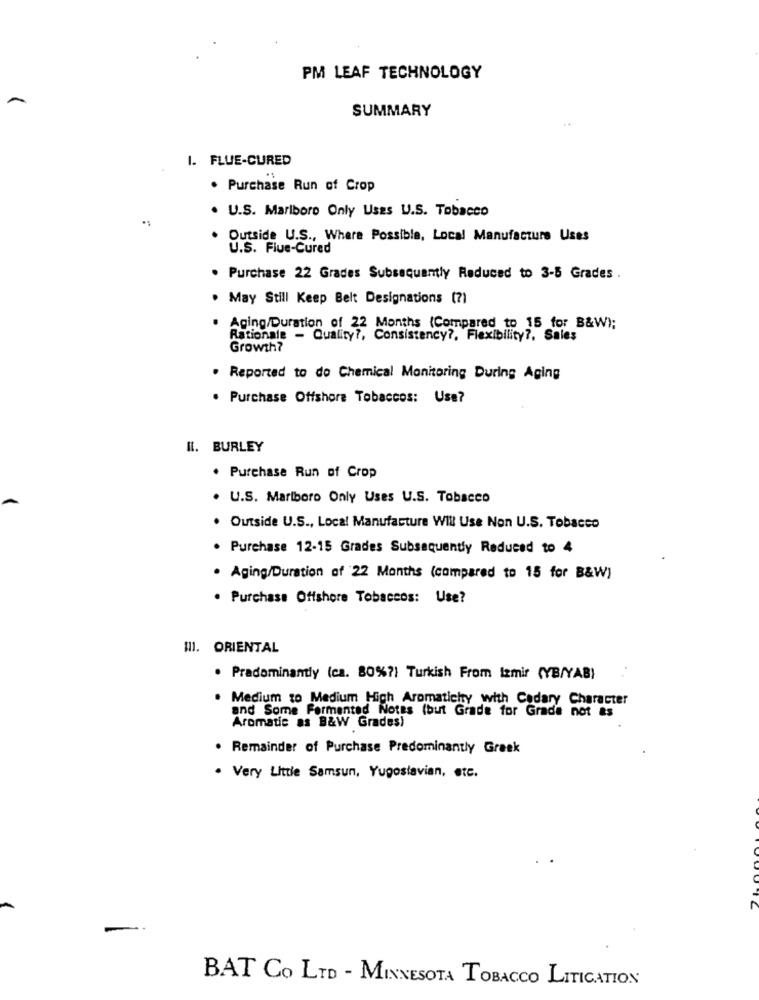
PM LEAF TECHNOLOGY
SUMMARY
1. FLUE-CURED
. Purchase Run of Crop
. U.S. Marlboro Only Uses U.S. Tobacco
Outside U.S ., Where Possible, Local Manufacture Uses
U.S. Flue-Cured
. Purchase 22 Grades Subsequently Reduced to 3-5 Grades .
. May Still Keep Belt Designations (?)
Aging/Duration of 22 Months (Compared to 15 for B&W);
Rationale - Quality ?, Consistency ?, Flexibility ?, Sales
Growth?
. Reported to do Chemical Monitoring During Aging
. Purchase Offshore Tobaccos: Use?
IL. BURLEY
. Purchase Run of Crop
U.S. Marlboro Only Uses U.S. Tobacco
. Outside U.S ., Local Manufacture Will Use Non U.S. Tobacco
. Purchase 12-15 Grades Subsequently Reduced to 4
. Aging/Duration of 22 Months (compared to 15 for B&W)
. Purchase Offshore Tobaccos: Use?
III. ORIENTAL
. Predominantly (ca. 80%?) Turkish From Izmir (YB/YAB)
. Medium to Medium High Aromaticity with Cadary Character
and Some Fermented Notes (but Grade for Grade not as
Aromatic as B&W Grades)
Remainder of Purchase Predominantly Greek
. Very Little Samsun, Yugoslavian, etc.
BAT CO LTD - MINNESOTA TOBACCO LITIGATION